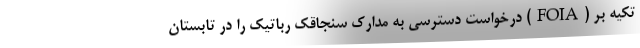
تکیه بر (FOIA) درخواست دسترسی به مدارک سنجاقک رباتیک را در تابستان